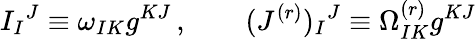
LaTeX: I_{I}{}^{J}\equiv\omega_{IK}g^{KJ}\, ,\qquad(J^{(r)})_{I}{}^{J}\equiv\Omega_{IK}^{(r)}g^{KJ}